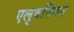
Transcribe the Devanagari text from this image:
एलुवत्तिंगल